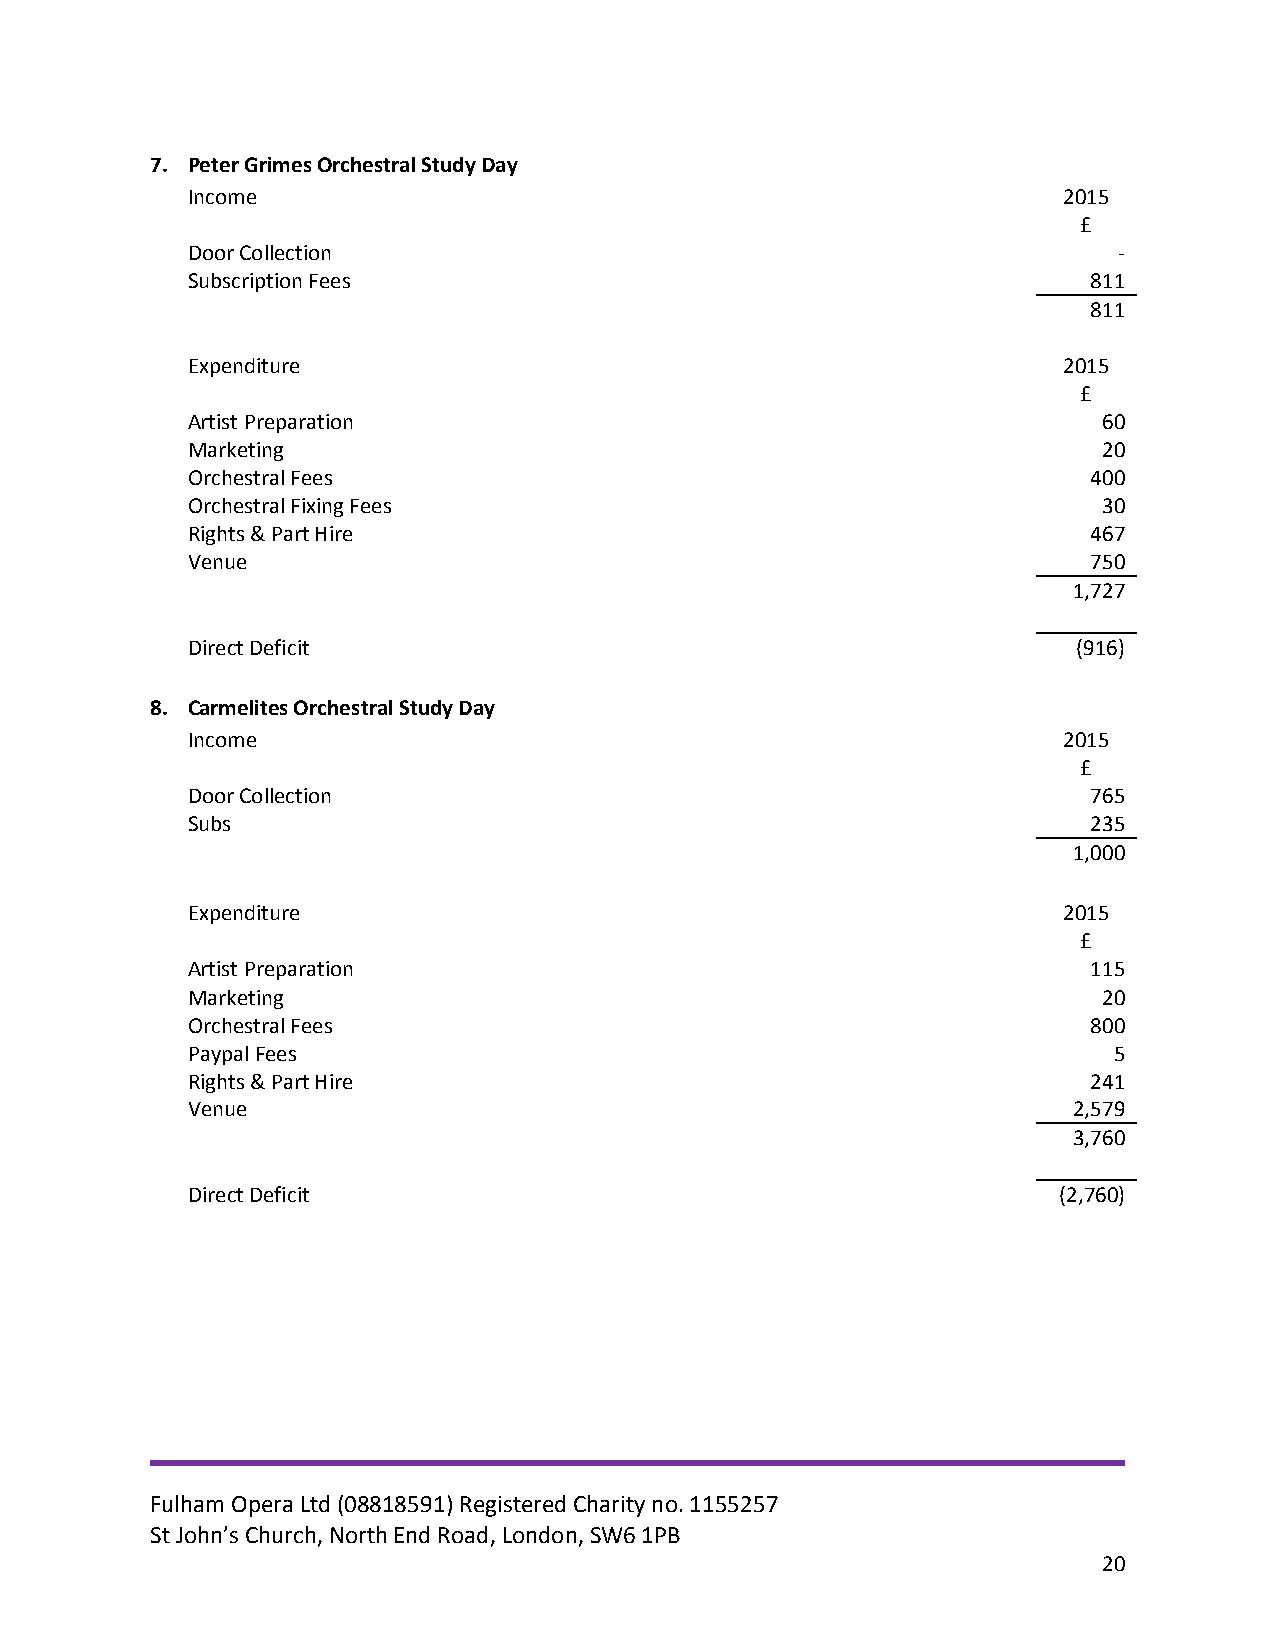
7. Peter Grimes Orchestral Study Day
 Income                                                    2015
 £
 Door Collection                                               -
 Subscription Fees                                           811
 811
 Expenditure                                               2015
 £
 Artist Preparation                                           60
 Marketing                                                    20
 Orchestral Fees                                             400
 Orchestral Fixing Fees                                       30
 Rights & Part Hire                                          467
 Venue                                                       750
 1,727
 Direct Deficit                                             (916)
 8. Carmelites Orchestral Study Day
 Income                                                    2015
 £
 Door Collection                                             765
 Subs                                                        235
 1,000
 Expenditure                                               2015
 £
 Artist Preparation                                          115
 Marketing                                                    20
 Orchestral Fees                                             800
 Paypal Fees                                                   5
 Rights & Part Hire                                          241
 Venue                                                      2,579
 3,760
 Direct Deficit                                            (2,760)
 Fulham Opera Ltd (08818591) Registered Charity no. 1155257
 St John’s Church, North End Road, London, SW6 1PB
 20